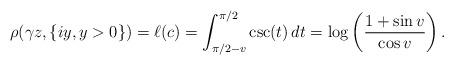
LaTeX: \begin{align*} \rho(\gamma z,\{ iy, y>0 \})= \ell(c) = \int_{\pi/2 - v}^{\pi/2} \csc (t) \, dt = \log \left(\frac{1 + \sin v}{\cos v} \right).\end{align*}